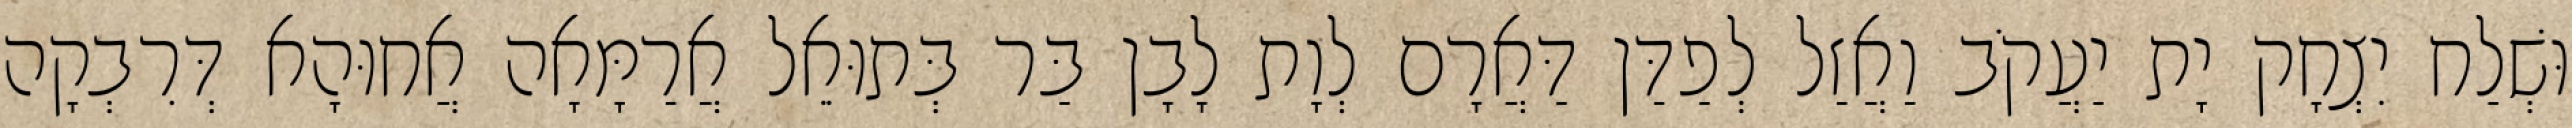
וּשְׁלַח יִצְחָק יָת יַעֲקֹב וַאֲזַל לְפַדַּן דַּאֲרָם לְוָת לָבָן בַּר בְּתוּאֵל אֲרַמָּאָה אֲחוּהָא דְּרִבְקָה